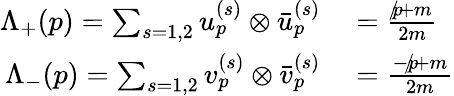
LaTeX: \begin{array}{rl}{\Lambda_{+}(p)=\sum_{s=1,2}{u_{p}^{(s)}\otimes{\bar{u}}_{p}^{(s)}}}&{{}={\frac{{p\! \! \! /}+m}{2m}}}\\ {\Lambda_{-}(p)=\sum_{s=1,2}{v_{p}^{(s)}\otimes{\bar{v}}_{p}^{(s)}}}&{{}={\frac{-{p\! \! \! /}+m}{2m}}}\end{array}